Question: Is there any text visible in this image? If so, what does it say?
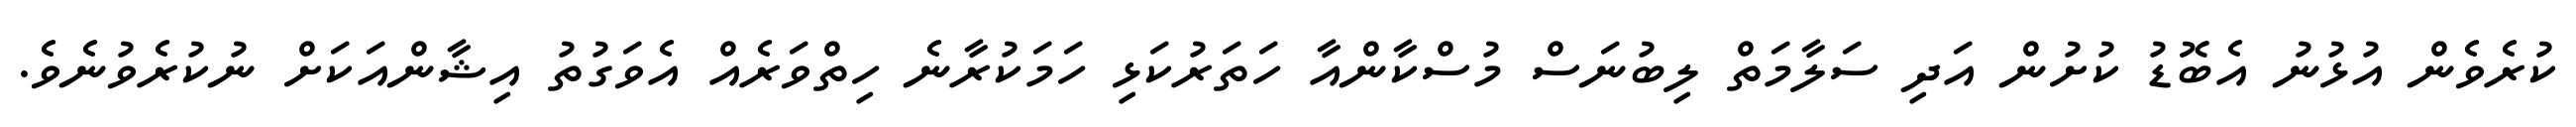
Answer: ކުރެވެން އުޅުނު އެބޮޑު ކުށުން އަދި ސަލާމަތް ލިބުނަސް މުސްކާންއާ ހަތަރުކަޅި ހަމަކުރާނެ ހިތްވަރެއް އެވަގުތު އިޝާންއަކަށް ނުކުރެވުނެވެ.